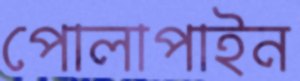
পোলাপাইন